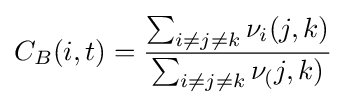
C_{B}(i,t)={\frac {\sum _{i\not =j\not =k}{\nu _{i}(j,k)}}{\sum _{i\not =j\not =k}{\nu _{(}j,k)}}}